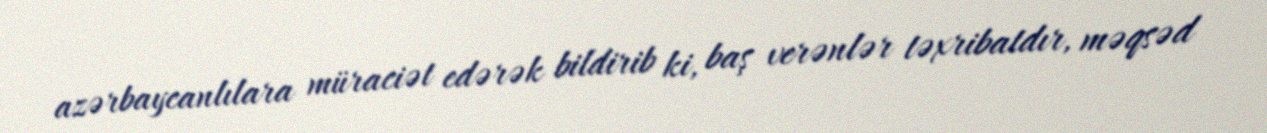
azərbaycanlılara müraciət edərək bildirib ki, baş verənlər təxribatdır, məqsəd